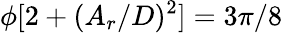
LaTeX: \phi[2+(A_{r}/D)^{2}]=3\pi/8